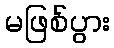
မဖြစ်ပွား